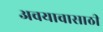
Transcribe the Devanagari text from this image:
अवयावासाठी